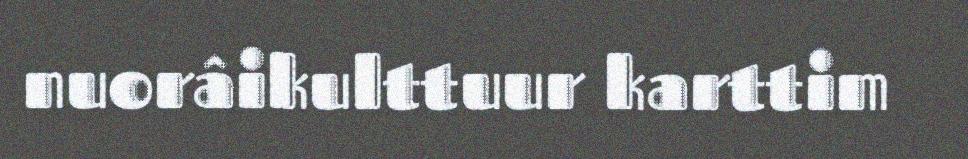
nuorâikulttuur karttim